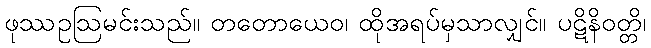
ဖုဿဥဩမင်းသည်။ တတောယေဝ၊ ထိုအရပ်မှသာလျှင်။ ပဋိနိဝတ္တိ၊